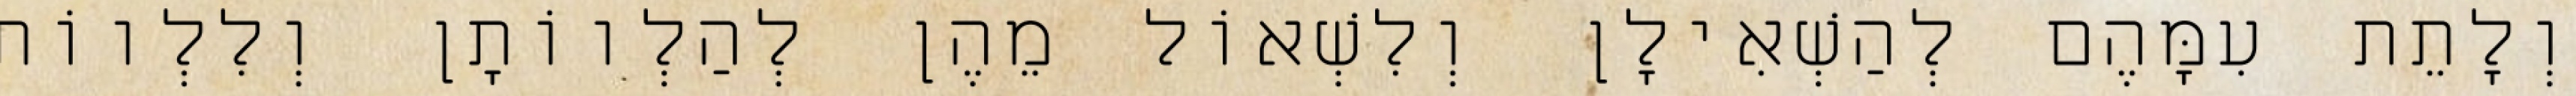
וְלָתֵת עִמָּהֶם לְהַשְׁאִילָן וְלִשְׁאוֹל מֵהֶן לְהַלְווֹתָן וְלִלְווֹת